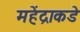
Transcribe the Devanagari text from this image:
महेंद्राकडे